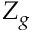
Z _ { g }